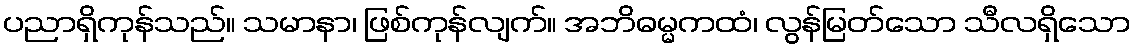
ပညာရှိကုန်သည်။ သမာနာ၊ ဖြစ်ကုန်လျက်။ အဘိဓမ္မကထံ၊ လွန်မြတ်သော သီလရှိသော